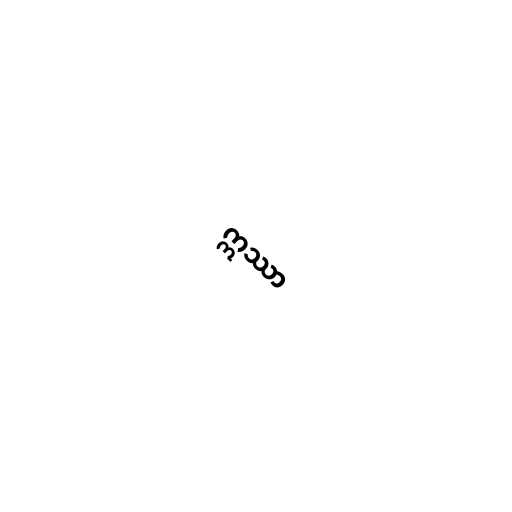
ဣဿာ